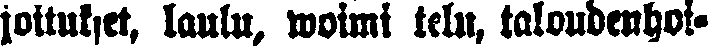
joitukset, laulu, woimi telu, taloudenhoi-